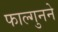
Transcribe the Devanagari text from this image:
फाल्गुनने